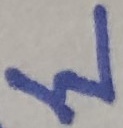
Text: W